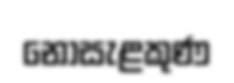
නොසැළකුණ